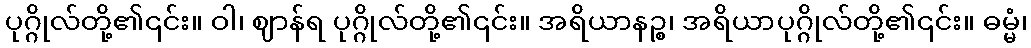
ပုဂ္ဂိုလ်တို့၏၎င်း။ ဝါ၊ ဈာန်ရ ပုဂ္ဂိုလ်တို့၏၎င်း။ အရိယာနဉ္စ၊ အရိယာပုဂ္ဂိုလ်တို့၏၎င်း။ ဓမ္မံ၊